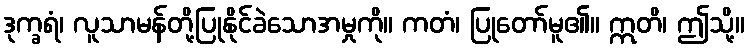
ဒုက္ခရံ၊ လူသာမန်တို့ပြုနိုင်ခဲသောအမှုကို။ ကတံ၊ ပြုတော်မူ၏။ ဣတိ၊ ဤသို့။